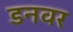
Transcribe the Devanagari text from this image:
डनवर